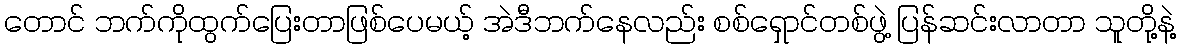
တောင် ဘက်ကိုထွက်ပြေးတာဖြစ်ပေမယ့် အဲဒီဘက်နေလည်း စစ်ရှောင်တစ်ဖွဲ့ ပြန်ဆင်းလာတာ သူတို့နဲ့